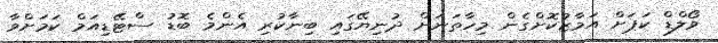
ވޯލްޑް ކަޕަށް އަމާޒުކޮށްގެން މިހާތަނަށް ދުނިޔޭގައި ބިނާކުރި އެންމެ ބޮޑު ސްޓޭޑިއަމް ކަމަށްވާ